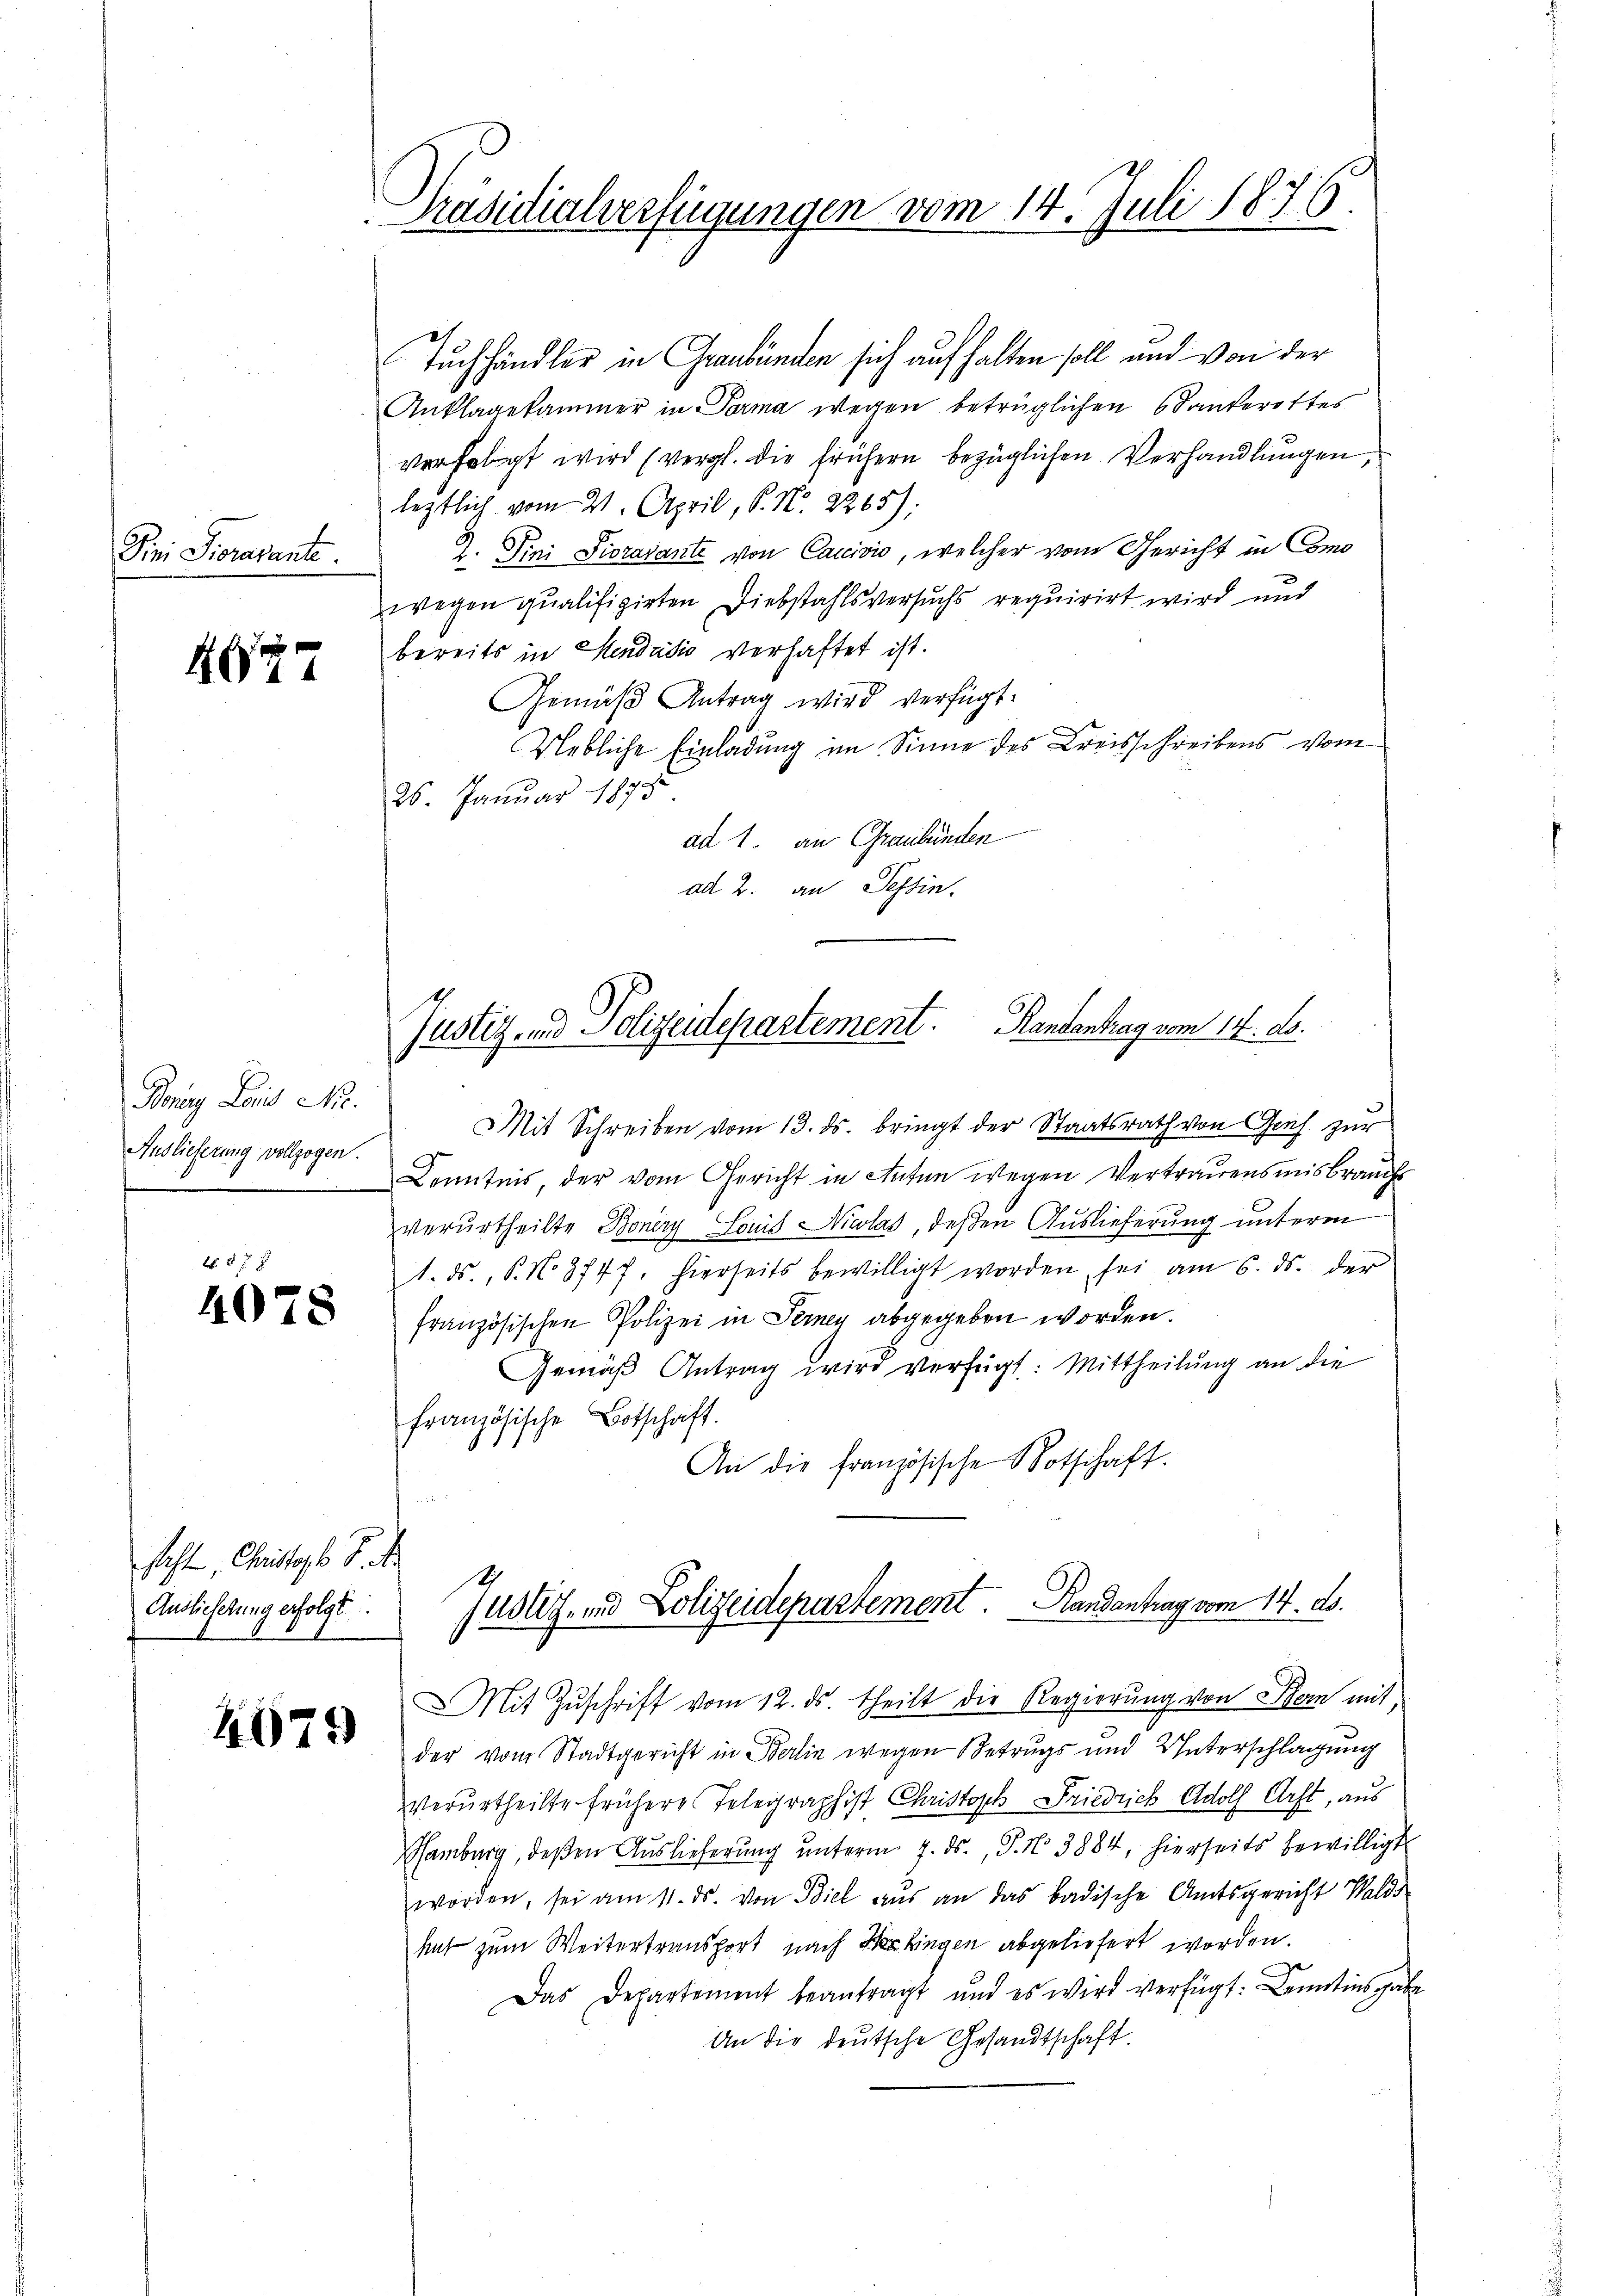
Drei Pioravante

G

Bonig Lois Nr.
Auslieferung vollzogen.

No. 87 f
4078

sacht, Christags d. d.
Auslieferung erfolgt

4974

Präsidialverfügungen vom 14. Juli 1876.

Tuchhändler in Graubünden sich aufhalten soll und von der
Anklagekammer in Forma wegen betrüglichen Santerottes
verfolgt wird (vergl. die frühern bezüglichen Verhandlungen,
leztlich vom 21. April, P. N. 2265):
2. Dini Pioravante von Cancivio, welcher vom Gericht in Como
wegen qualifizirten Diebstahlsversuchs requirirt wird und
bereits in Mendedio verhaftet ist.
Gemäβ Antrag wird verfügt:
Uebliche Einladung im Sinne des Kreisschreibens vom
26. Januar 1875
ad 1. an Graubünden
ad 2. an Tessin.

Justiz- und Polizeidepartement. Kantontrag vom 14. ds.

Mit Schreiben vom 13. ds. bringt der Staatsrath von Graf zur
Kenntnis, der vom Gericht in Aufen wegen Vertrauensmisbrauchs
verurtheilte Bonery Louis Niwlas, deßen Auslieferung unterm
1. ds., P. No 3747. hierseits bewilligt worden sei am 6. ds. der
französischen Polizei in Fernen abgegeben worden.
Gemäß Antrag wird verfügt: Mittheilung an die
französische Botschaft.
An die französische Botschaft.
Justiz- und Polizeidepartement. Handantrag vom 14. ds.
Mit Zŭschrift vom 12. ds. theilt die Regierung von Stern mit
der vom Stadtgericht in Berlin wegen Betrugs und Unterschlagung
Verurtheilte frühere Telegraphist Christoph Friedrich Adolf Arft, aus
amburg, deßen Auslieferung unterm 7. ds., P. N. 3884, hierseits bewilligt
worden, sei am 11. ds. von Biel aus an das badische Amtsgericht Walds
ht zum Weitertransport nach Herkingen abgeliefert worden.
Das Departement beantragt und es wird verfügt: Kenntins gabe
An die deutsche Gesandtschaft.